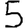
Digit: 5